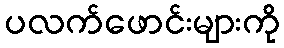
ပလက်ဖောင်းများကို